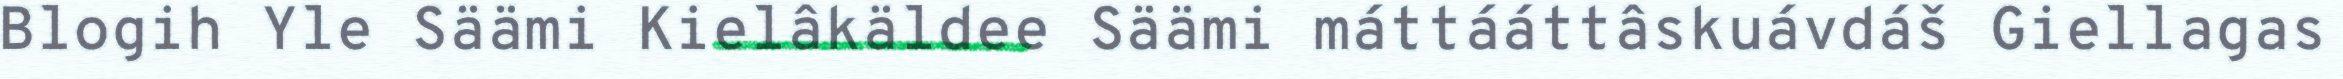
Blogih Yle Säämi Kielâkäldee Säämi máttááttâskuávdáš Giellagas